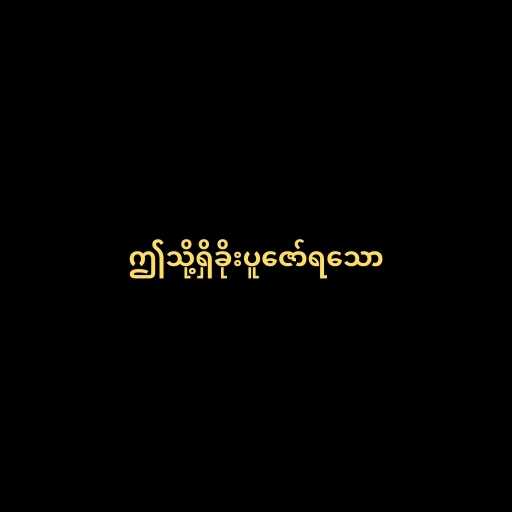
ဤသို့ရှိခိုးပူဇော်ရသော